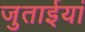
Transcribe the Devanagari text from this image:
जुताईयां